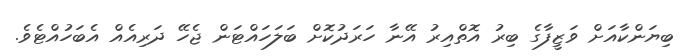
ބިޔަންކާއަށް ވަޒީފާގެ ބިރު އޮތްއިރު އޭނާ ހަރަދުކޮށް ބަލަހައްޓަން ޖެހޭ ދަރިއެއް އެބަހުއްޓެވެ.